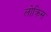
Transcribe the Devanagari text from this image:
लोक्रिस